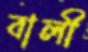
বালী